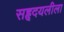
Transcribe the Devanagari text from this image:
सहृदयलीला